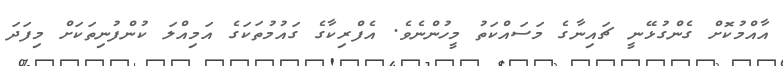
އާއްމުކޮށް ގެންގުޅޭނީ ޗައިނާގެ މަސައްކަތު މީހުންނެވެ. އެފްރިކާގެ ގައުމުތަކަގެ އަމިއްލަ ކުންފުނިތަކަށް މިފަދަ